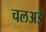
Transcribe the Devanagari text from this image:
चलअइँ